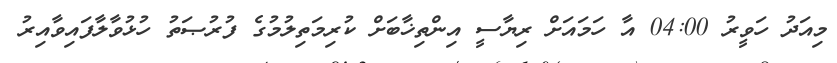
މިއަދު ހަވީރު 04:00 އާ ހަމައަށް ރިޔާސީ އިންތިޚާބަށް ކުރިމަތިލުމުގެ ފުރުޞަތު ހުޅުވާލާފައިވާއިރު